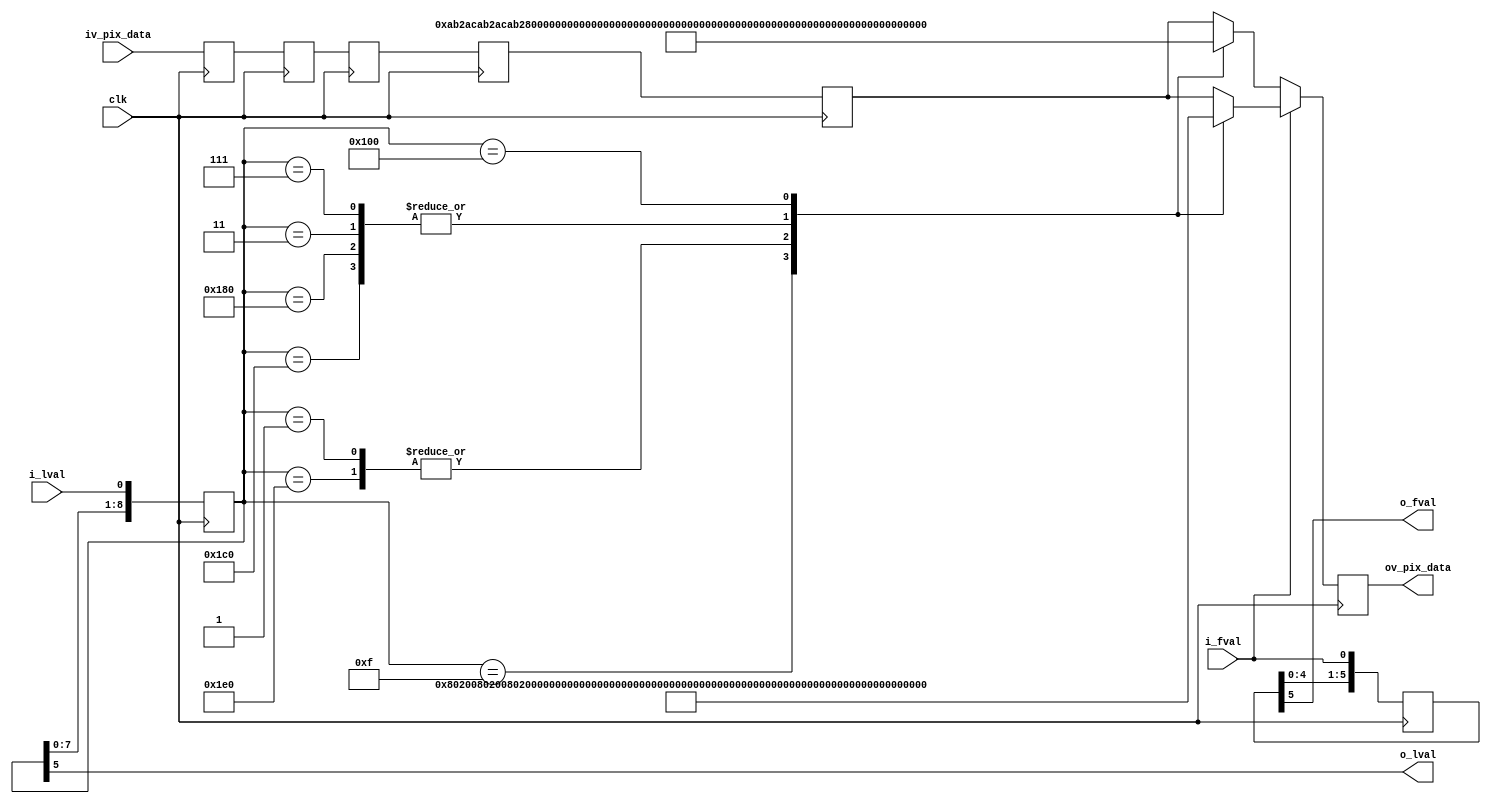
//-------------------------------------------------------------------------------------------------
//  --    : , 2010 -2015.
//  --      .
//  --          : FPGA
//  --        : format_sonyimx
//  --        : 
//-------------------------------------------------------------------------------------------------
//
//  --  :
//
//  --          :| 				:|  
//-------------------------------------------------------------------------------------------------
//  --        :| 2015/10/14 11:40:28	:|  
//-------------------------------------------------------------------------------------------------
//
//  --      :
//              1)  : ... ...
//
//              2)  : ... ...
//
//              3)  : ... ...
//
//-------------------------------------------------------------------------------------------------
///
`timescale 1ns/1ps
//-------------------------------------------------------------------------------------------------

module format_sonyimx # (
	parameter			DATA_WIDTH			= 10		,	//
	parameter			CHANNEL_NUM			= 8			//
	)
	(
	input											clk							,	//
	input											i_fval						,	//
	input											i_lval						,	//
	input		[DATA_WIDTH*CHANNEL_NUM-1:0]		iv_pix_data					,	//
	output											o_fval						,	//
	output											o_lval						,	//
	output		[DATA_WIDTH*CHANNEL_NUM-1:0]		ov_pix_data						//
	);


	//	ref signals

	localparam		SAV_1_V		= (DATA_WIDTH==10) ? 10'h3FF : 12'hFFF;
	localparam		SAV_2_V		= (DATA_WIDTH==10) ? 10'h000 : 12'h000;
	localparam		SAV_3_V		= (DATA_WIDTH==10) ? 10'h000 : 12'h000;
	localparam		SAV_4_V		= (DATA_WIDTH==10) ? 10'h200 : 12'h800;

	localparam		EAV_1_V		= (DATA_WIDTH==10) ? 10'h3FF : 12'hFFF;
	localparam		EAV_2_V		= (DATA_WIDTH==10) ? 10'h000 : 12'h000;
	localparam		EAV_3_V		= (DATA_WIDTH==10) ? 10'h000 : 12'h000;
	localparam		EAV_4_V		= (DATA_WIDTH==10) ? 10'h274 : 12'h9D0;

	localparam		SAV_1_IV	= (DATA_WIDTH==10) ? 10'h3FF : 12'hFFF;
	localparam		SAV_2_IV	= (DATA_WIDTH==10) ? 10'h000 : 12'h000;
	localparam		SAV_3_IV	= (DATA_WIDTH==10) ? 10'h000 : 12'h000;
	localparam		SAV_4_IV	= (DATA_WIDTH==10) ? 10'h2AC : 12'hAB0;

	localparam		EAV_1_IV	= (DATA_WIDTH==10) ? 10'h3FF : 12'hFFF;
	localparam		EAV_2_IV	= (DATA_WIDTH==10) ? 10'h000 : 12'h000;
	localparam		EAV_3_IV	= (DATA_WIDTH==10) ? 10'h000 : 12'h000;
	localparam		EAV_4_IV	= (DATA_WIDTH==10) ? 10'h2DB : 12'hD60;


	reg		[DATA_WIDTH*CHANNEL_NUM-1:0]		data_reg[4:0];
	reg		[DATA_WIDTH*CHANNEL_NUM-1:0]		pix_data;
	reg		[8:0]								fval_shift;
	reg		[8:0]								lval_shift;


	//	ref ARCHITECTURE

	always @ (posedge clk) begin
		fval_shift	<=	{fval_shift[7:0],i_fval};
		lval_shift	<=	{lval_shift[7:0],i_lval};
	end

	always @ (posedge clk) begin
		data_reg[0]	<= iv_pix_data;
		data_reg[1]	<= data_reg[0];
		data_reg[2]	<= data_reg[1];
		data_reg[3]	<= data_reg[2];
		data_reg[4]	<= data_reg[3];
	end

	always @ (posedge clk) begin
		if(i_fval) begin
			case(lval_shift)
				9'b000000001	:		pix_data	<= {CHANNEL_NUM{SAV_1_V[DATA_WIDTH-1:0]}};
				9'b000000011	:		pix_data	<= {CHANNEL_NUM{SAV_2_V[DATA_WIDTH-1:0]}};
				9'b000000111	:		pix_data	<= {CHANNEL_NUM{SAV_3_V[DATA_WIDTH-1:0]}};
				9'b000001111	:		pix_data	<= {CHANNEL_NUM{SAV_4_V[DATA_WIDTH-1:0]}};
				9'b111100000	:		pix_data	<= {CHANNEL_NUM{EAV_1_V[DATA_WIDTH-1:0]}};
				9'b111000000	:		pix_data	<= {CHANNEL_NUM{EAV_2_V[DATA_WIDTH-1:0]}};
				9'b110000000	:		pix_data	<= {CHANNEL_NUM{EAV_3_V[DATA_WIDTH-1:0]}};
				9'b100000000	:		pix_data	<= {CHANNEL_NUM{EAV_4_V[DATA_WIDTH-1:0]}};
				default			:		pix_data	<= data_reg[4];
			endcase
		end
		else begin
			case(lval_shift)
				9'b000000001	:		pix_data	<= {CHANNEL_NUM{SAV_1_IV[DATA_WIDTH-1:0]}};
				9'b000000011	:		pix_data	<= {CHANNEL_NUM{SAV_2_IV[DATA_WIDTH-1:0]}};
				9'b000000111	:		pix_data	<= {CHANNEL_NUM{SAV_3_IV[DATA_WIDTH-1:0]}};
				9'b000001111	:		pix_data	<= {CHANNEL_NUM{SAV_4_IV[DATA_WIDTH-1:0]}};
				9'b111100000	:		pix_data	<= {CHANNEL_NUM{EAV_1_IV[DATA_WIDTH-1:0]}};
				9'b111000000	:		pix_data	<= {CHANNEL_NUM{EAV_2_IV[DATA_WIDTH-1:0]}};
				9'b110000000	:		pix_data	<= {CHANNEL_NUM{EAV_3_IV[DATA_WIDTH-1:0]}};
				9'b100000000	:		pix_data	<= {CHANNEL_NUM{EAV_4_IV[DATA_WIDTH-1:0]}};
				default			:		pix_data	<= data_reg[4];
			endcase
		end
	end

	assign	o_fval		= fval_shift[5];
	assign	o_lval		= lval_shift[5];
	assign	ov_pix_data	= pix_data;

endmodule